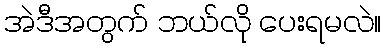
အဲဒီအတွက် ဘယ်လို ပေးရမလဲ။